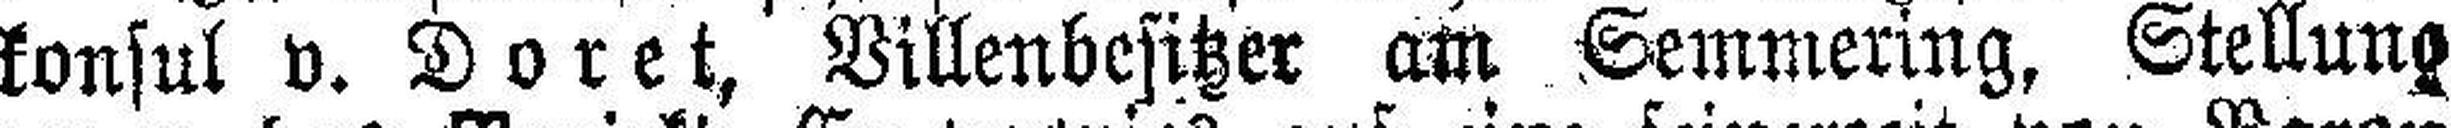
konsul v. Doret, Villenbesitzer am Semmering, Stellung